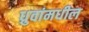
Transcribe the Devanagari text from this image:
ध्रुवांमधील